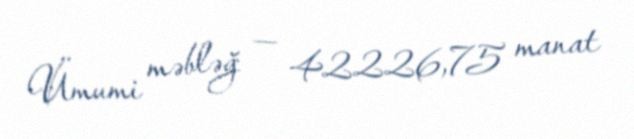
Ümumi məbləğ — 42226,75 manat